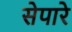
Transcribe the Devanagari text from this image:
सेपारे